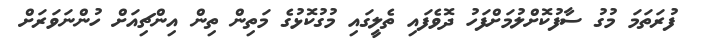
ފުރަތަމަ މުގު ސާފުކޮށްލުމަށްފަހު ދޮވެފައި ތެލީގައި މުގުކޮޅުގެ މަތިން ތިން އިންޗިއަށް ހުންނަވަރަށް